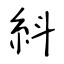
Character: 紏